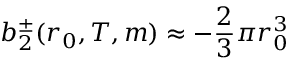
b _ { 2 } ^ { \pm } ( r _ { 0 } , T , m ) \approx - \frac { 2 } { 3 } \pi r _ { 0 } ^ { 3 }